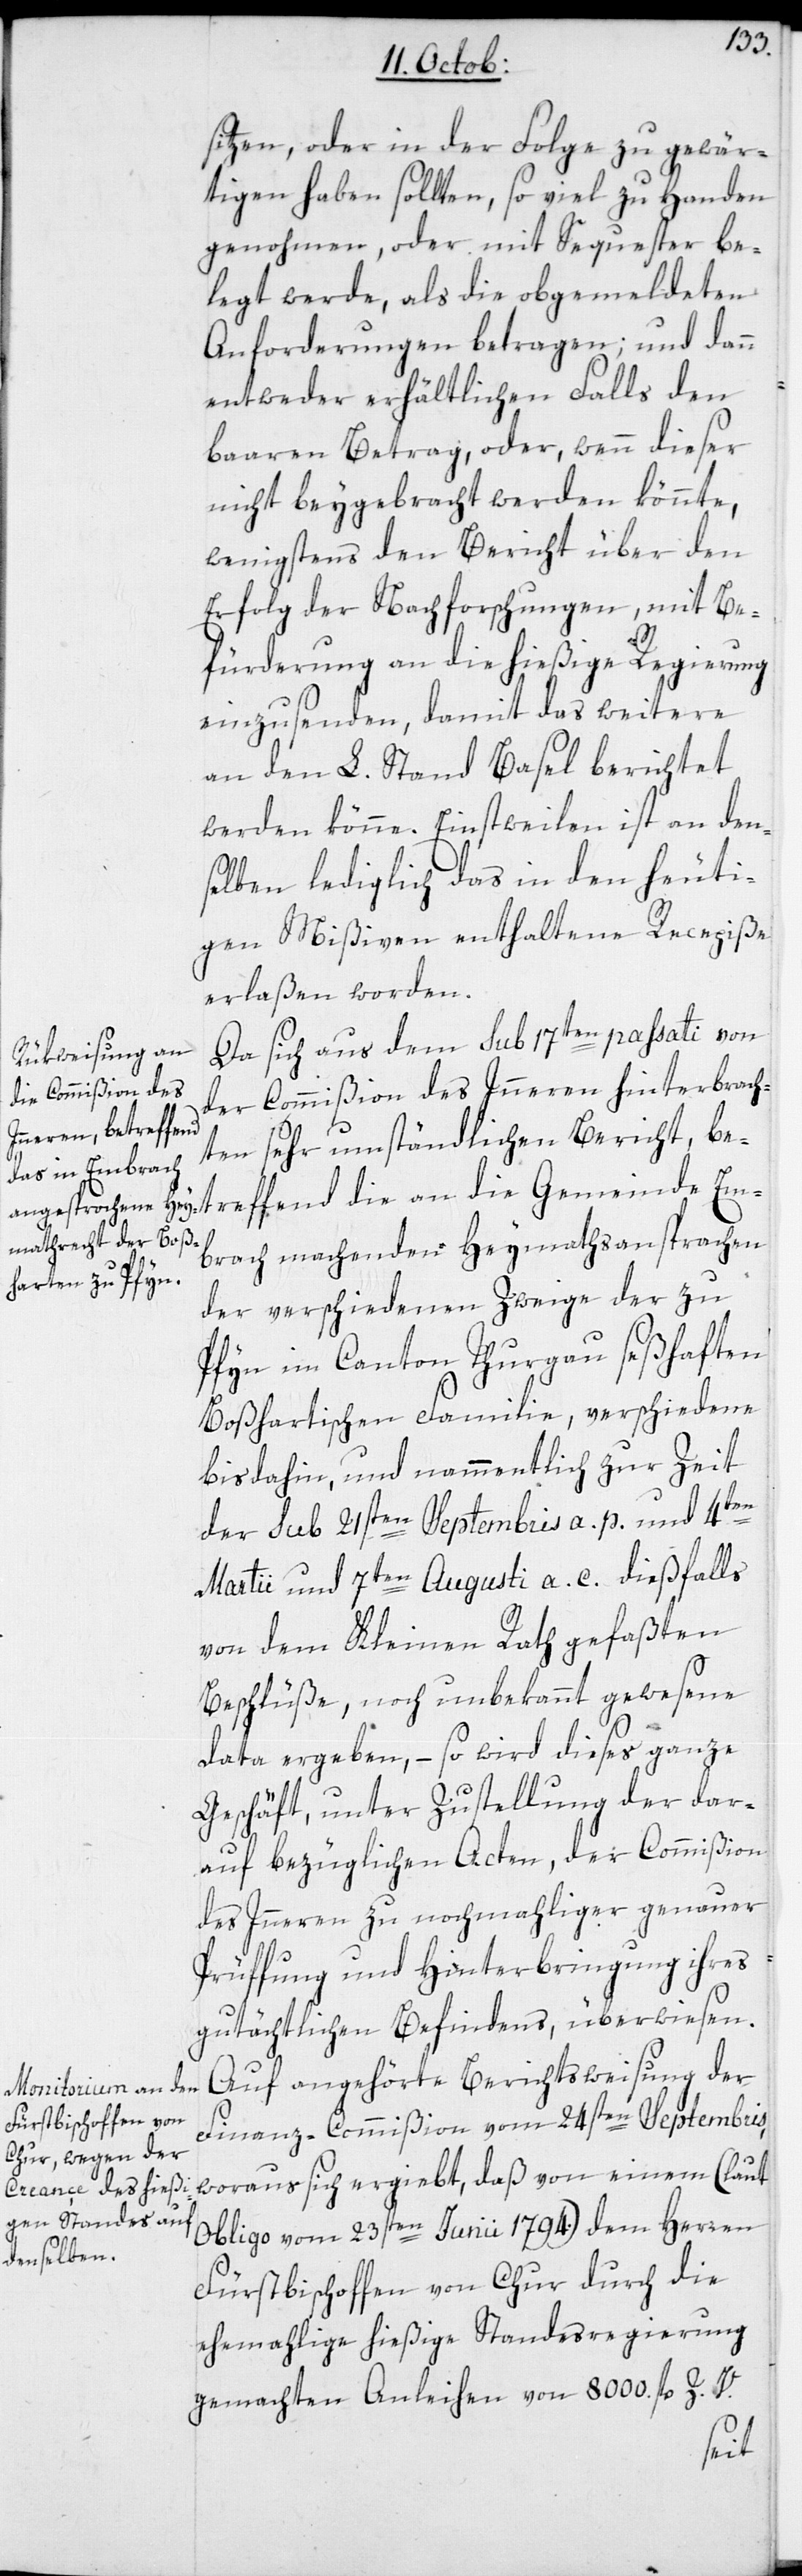
sitzen, oder in der Folge zu gewär¬
tigen haben sollten, so viel zu Handen
genohmen, oder mit Sequester be¬
legt werde, als die obgemeldeten
Anforderungen betragen, und dann
entweder erhältlichen Falls den
baaren Betrag, oder wenn dieser
nicht beygebracht werden könnte,
wenigstens den Bericht über den
Erfolg der Nachforschungen, mit Be¬
Em¬
fürderung an die hießige Regierung
einzusenden, damit das Weitere
an den L. Stand Basel berichtet
werden könne. Einstweilen ist an den¬
selben lediglich das in den heuti¬
gen Mißiven enthaltene Recepiße
erlaßen worden.
Da sich aus dem sub 17ten passati von
der Commißion des Innern hinterbrach¬
ten sehr umständlichen Bericht, be¬
brach machenden Heymathsansprachen
der verschiedenen Zweige der zu
Pfyn im Canton Thurgau seßhaften
Boßhartischen Familie, verschiedene
bis dahin, und nammentlich zur Zeit
der sub 21sten Septembris a. p. und 4ten
Martii und 7ten Augusti a. c. dießfalls
von dem Kleinen Rath gefaßten
Beschlüße, noch unbekannt gewesene
Data ergeben, – so wird dieses ganze
Geschäft, unter Zustellung der dar¬
auf bezüglichen Acten, der Commißion
des Innern zu nochmahliger genauer
Prüfung und Hinterbringung ihres
gutächtlichen Befindens, überwiesen.
Auf angehörte Berichtsweisung der
Finanz-Commißion vom 24sten Septembris,
woraus sich ergibt, daß von einem (laut
Obligo vom 23sten Junii 1794) dem Herren
Fürstbischoffen von Chur durch die
ehemalige hießige Standesregierung
gemachten Anleihen von 8000. fl. Z.V.
fend